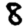
Digit: 8